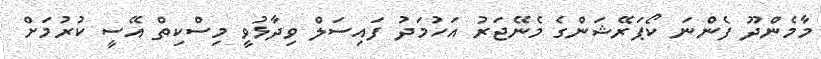
މާމެންދޫ ފެންނަ ކޯޕަރޭޝަންގެ މެނޭޖަރު އަހުމަދު ފައިސަލް ވިދާޅުވީ މިސްކިތް އޭސީ ކުރުމަށް